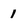
Character: 1